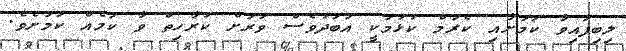
ލިބިފައިވާ ކަމަށާއި ކެރަމް ކުޅުމަކީ އަބަދުވެސް ވަރަށް ކުރާހިތް ވާ ކަމެއް ކަމަށެވެ.